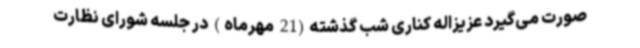
صورت می‌گیرد عزیزاله کناری شب گذشته(21 مهرماه) در جلسه شورای نظارت